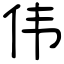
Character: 伟